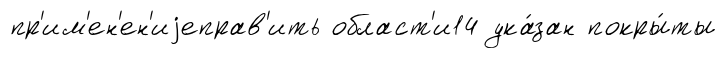
пр'им'ен'ен'иjеправ'ить област'и14 ука́зан покры́ты